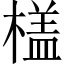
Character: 𣙥